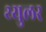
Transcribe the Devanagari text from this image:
थ्युलर